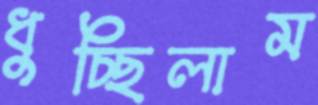
ধুচ্ছিলাম